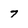
Character: 7